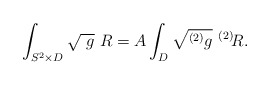
\begin{align*}\int_{S^2 \times D} \sqrt{\ g}\ R = A\int_{D}\sqrt{ ^{(2)}g}\ ^{(2)}\!R.\end{align*}